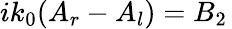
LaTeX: ik_{0}(A_{r}-A_{l})=B_{2}\,